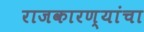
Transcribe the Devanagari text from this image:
राजकारण्यांचा